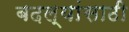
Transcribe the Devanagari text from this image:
बदल्यांसाठी